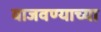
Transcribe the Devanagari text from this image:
वाजवण्याच्या